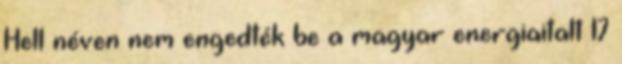
Hell néven nem engedték be a magyar energiaitalt 17